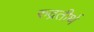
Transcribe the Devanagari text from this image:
रुद्रतीर्थ